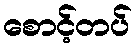
စောင့်တပ်